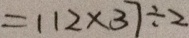
= 1 1 2 \times 3 7 \div 2